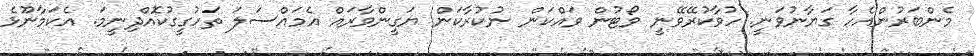
މެންބަރުންއެހާ ގަޔާނުވަނީ. ހުވާކުރޭވޭނީ ވޯޓުން ވައްކަން ނުކުރާކަން ޔަގީންވާރައް އެމައްސަލަ ތަހުގީގުކޮއްދިނީމަ. އެކަމާނޫޅެ